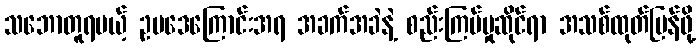
သဘောတူရမယ့် ဥပဒေကြောင်းအရ အခက်အခဲနဲ့ စည်းကြပ်မှုဆိုင်ရာ အသစ်ထုတ်ပြန်ဖို့